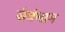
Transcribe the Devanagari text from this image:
संवंधान